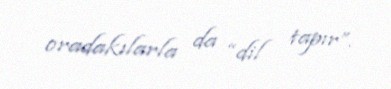
oradakılarla da “dil tapır”.